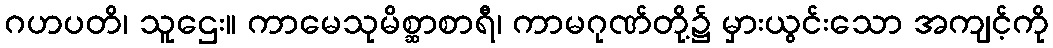
ဂဟပတိ၊ သူဌေး။ ကာမေသုမိစ္ဆာစာရီ၊ ကာမဂုဏ်တို့၌ မှားယွင်းသော အကျင့်ကို